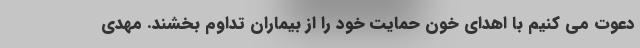
دعوت می کنیم با اهدای خون حمایت خود را از بیماران تداوم بخشند. مهدی